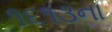
૧૬૧૩ના